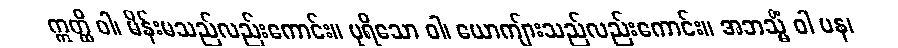
ဣတ္ထိ ဝါ၊ မိန်းမသည်လည်းကောင်း။ ပုရိသော ဝါ၊ ယောကျ်ားသည်လည်းကောင်း။ အဘသ္မိံ ဝါ ပန၊